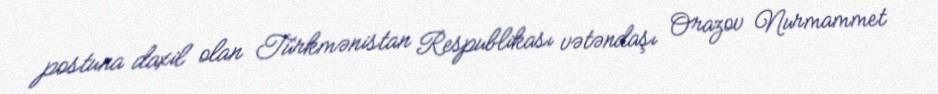
postuna daxil olan Türkmənistan Respublikası vətəndaşı Orazov Nurmammet